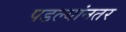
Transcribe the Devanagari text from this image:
पडल्यांनतर